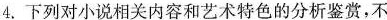
4.下列对小说相关内容和艺术特色的分析鉴赏,不